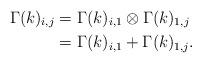
LaTeX: \begin{align*} \Gamma(k)_{i,j} & = \Gamma(k)_{i,1} \otimes \Gamma(k)_{1,j} \\ & = \Gamma(k)_{i,1} + \Gamma(k)_{1,j}.\end{align*}